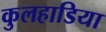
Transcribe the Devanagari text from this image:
कुलहाडिया